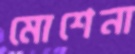
মোশেনা